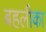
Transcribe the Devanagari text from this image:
बहलीका